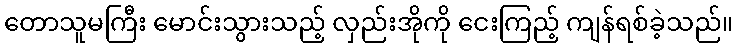
တောသူမကြီး မောင်းသွားသည့် လှည်းအိုကို ငေးကြည့် ကျန်ရစ်ခဲ့သည်။